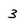
Character: 3